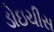
ડોઇચીસ